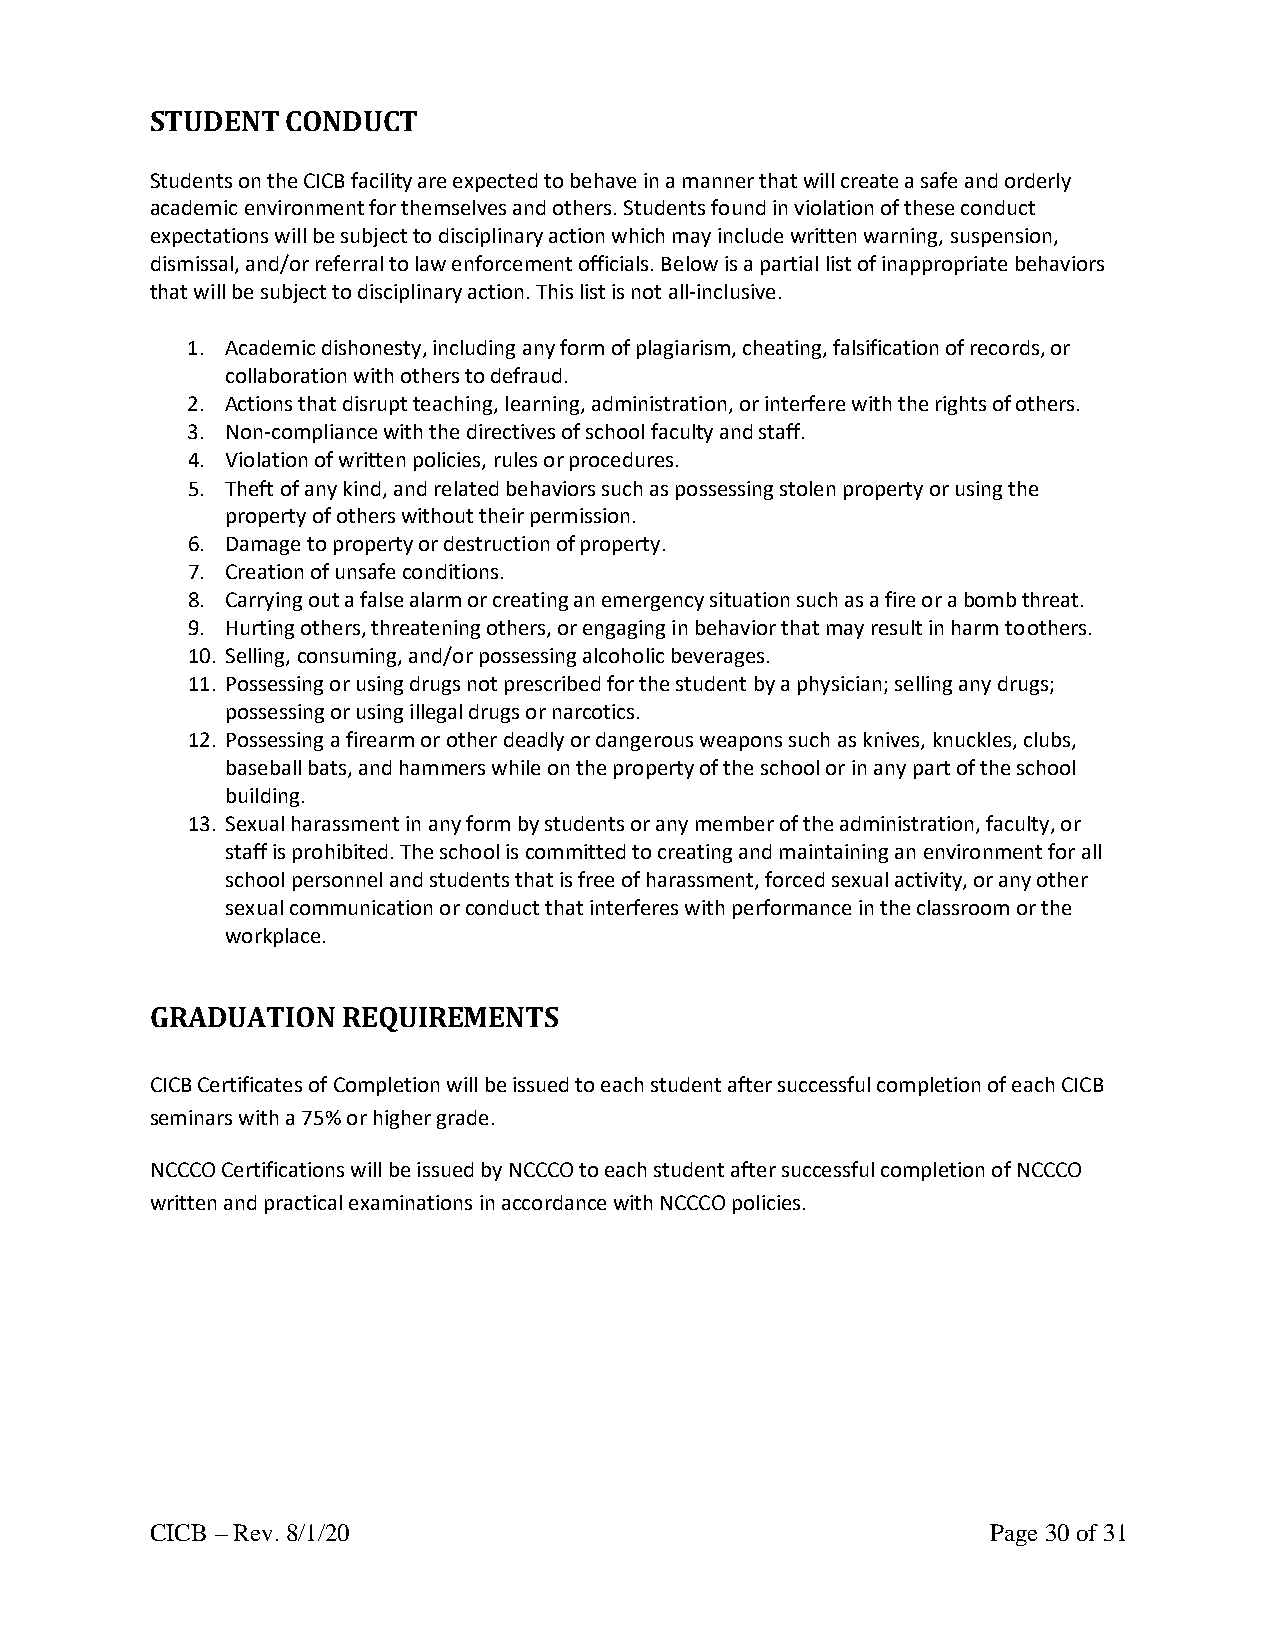
STUDENT  CONDUCT
 Students on the CICB facility are expected to behave in a manner that will create a safe and orderly
 academic environment for themselves and others. Students found in violation of these conduct
 expectations will be subject to disciplinary action which may include written warning, suspension,
 dismissal, and/or referral to law enforcement officials. Below is a partial list of inappropriate behaviors
 that will be subject to disciplinary action. This list is not all-inclusive.
 1. Academic dishonesty, including any form of plagiarism, cheating, falsification of records, or
 collaboration with others to defraud.
 2. Actions that disrupt teaching, learning, administration, or interfere with the rights of others.
 3. Non-compliance with the directives of school faculty and staff.
 4. Violation of written policies, rules or procedures.
 5. Theft of any kind, and related behaviors such as possessing stolen property or using the
 property of others without their permission.
 6. Damage to property or destruction of property.
 7. Creation of unsafe conditions.
 8. Carrying out a false alarm or creating an emergency situation such as a fire or a bomb threat.
 9. Hurting others, threatening others, or engaging in behavior that may result in harm to others.
 10. Selling, consuming, and/or possessing alcoholic beverages.
 11. Possessing or using drugs not prescribed for the student by a physician; selling any drugs;
 possessing or using illegal drugs or narcotics.
 12. Possessing a firearm or other deadly or dangerous weapons such as knives, knuckles, clubs,
 baseball bats, and hammers while on the property of the school or in any part of the school
 building.
 13. Sexual harassment in any form by students or any member of the administration, faculty, or
 staff is prohibited. The school is committed to creating and maintaining an environment for all
 school personnel and students that is free of harassment, forced sexual activity, or any other
 sexual communication or conduct that interferes with performance in the classroom or the
 workplace.
 GRADUATION   REQUIREMENTS
 CICB Certificates of Completion will be issued to each student after successful completion of each CICB
 seminars with a 75% or higher grade.
 NCCCO Certifications will be issued by NCCCO to each student after successful completion of NCCCO
 written and practical examinations in accordance with NCCCO policies.
 CICB – Rev. 8/1/20                                      Page 30 of 31